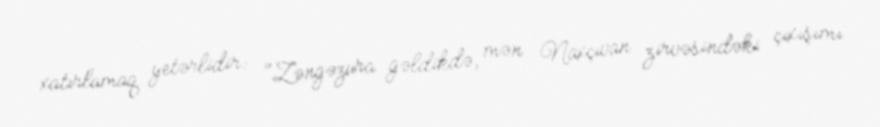
xatırlamaq yetərlidir: "Zəngəzura gəldikdə, mən Naxçıvan zirvəsindəki çıxışımı